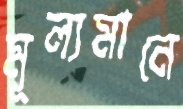
মূল্যমানে